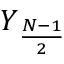
Y _ { \frac { N - 1 } { 2 } }